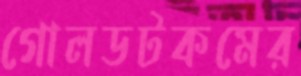
গোলডটকমের